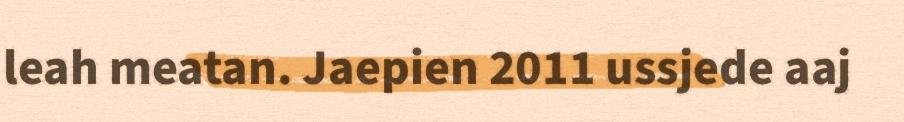
leah meatan. Jaepien 2011 ussjede aaj